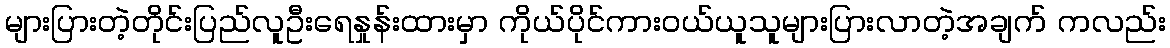
များပြားတဲ့တိုင်းပြည်လူဦးရေနှုန်းထားမှာ ကိုယ်ပိုင်ကားဝယ်ယူသူများပြားလာတဲ့အချက် ကလည်း